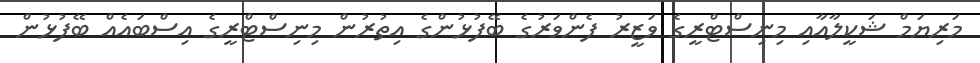
މަރިޔަމް ޝަކީލާއާއި މިނިސްޓްރީގެ ވަޒީރު ފެންވަރުގެ ބޭފުޅުންގެ އިތުރުން މިނިސްޓްރީގެ އިސްބައެއް ބޭފުޅުން